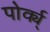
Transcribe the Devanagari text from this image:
पोर्क्य्